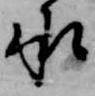
承